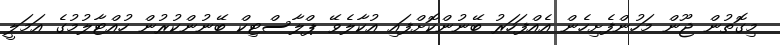
މިގޮތުން ޖޫން މަހުންފެށިހެން އެއްފަހަރު ބޭނުންކޮށްފައި އުކާލެވޭ ޕްލާސްޓިކް ބޭނުންކުރުން ހުއްޓާލުމުގެ އަމަލީ